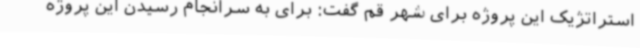
استراتژیک این پروژه برای شهر قم گفت: برای به سرانجام رسیدن این پروژه